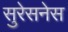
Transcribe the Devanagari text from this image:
सुरेसनेस